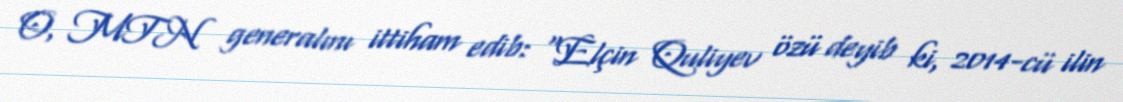
O, MTN generalını ittiham edib: "Elçin Quliyev özü deyib ki, 2014-cü ilin